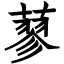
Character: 蓼